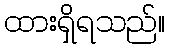
ထားရှိရသည်။